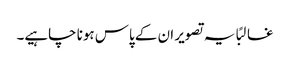
غالبًا یہ تصویر ان کے پاس ہونا چاہیے۔